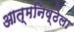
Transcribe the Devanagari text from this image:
आत्मनिष्ठेला